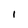
Character: 1